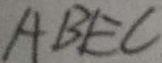
A B E C